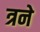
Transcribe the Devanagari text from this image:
त्रने